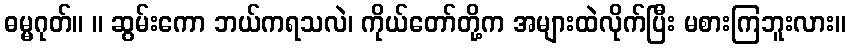
ဓမ္မဂုတ်။ ။ ဆွမ်းကော ဘယ်ကရသလဲ၊ ကိုယ်တော်တို့က အများထဲလိုက်ပြီး မစားကြဘူးလား။